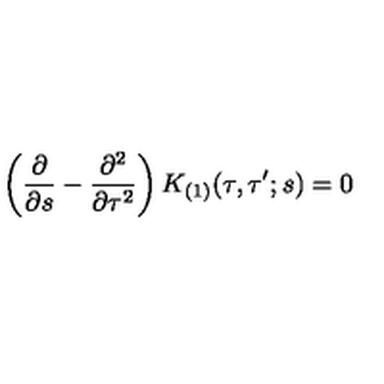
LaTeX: \left( \frac { \partial } { \partial s } - \frac { \partial ^ { 2 } } { \partial \tau ^ { 2 } } \right) K _ { ( 1 ) } ( \tau , \tau ^ { \prime } ; s ) = 0